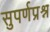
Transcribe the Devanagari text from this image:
सुपर्णप्रश्न